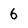
Character: 6